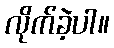
လိုက်ခဲ့ပါ။